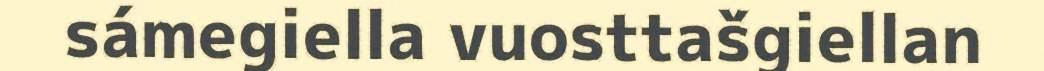
sámegiella vuosttašgiellan